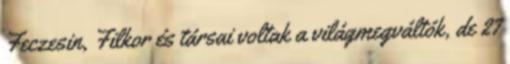
Feczesin, Filkor és társai voltak a világmegváltók, de 27